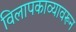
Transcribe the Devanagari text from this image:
विलापकाव्यावरून